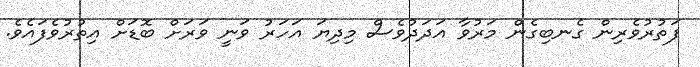
ފަތުރުވެރިން ގެނބިގެން މަރުވާ އަދަދުވެސް މިދިޔަ އަހަރު ވަނީ ވަރަށް ބޮޑަށް އިތުރުވެފައެވެ.